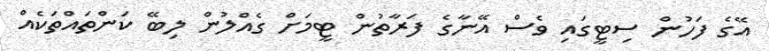
އޭގެ ފަހުން ސިޓީގައި ވެސް އޭނާގެ ފަރާތުން ޓީމަށް ގެއްލުން ލިބޭ ކަންތައްތަކެއް